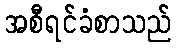
အစီရင်ခံစာသည်